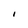
Character: I